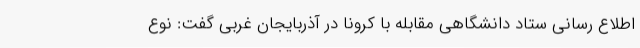
اطلاع رسانی ستاد دانشگاهی مقابله با کرونا در آذربایجان غربی گفت: نوع